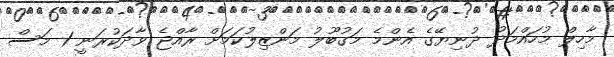
މާހިލް މުހައްމަދު ދުނިޔޭގެ އެންމެ މަގުބޫލު މަންޒިލުކަމަށް ރާއްޖެ ވާދަކުރަނީ 1 މަސް